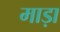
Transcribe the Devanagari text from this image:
माड़ा